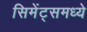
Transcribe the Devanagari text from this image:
सिमेंट्समध्ये